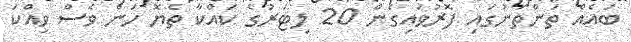
ބައެއް ތަންތަނުގައި ފޮރުވައިގެން 20 ލިޓަރުގެ ކައްކާ ތެޔޮ ހަން ވެސް ވިއްކަ